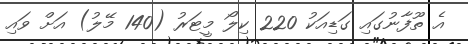
އެ ތޫފާނުގައި ގަޑިއަކު 220 ކިލޯ މީޓަރު (140 މޭލު) އަށް ވައި